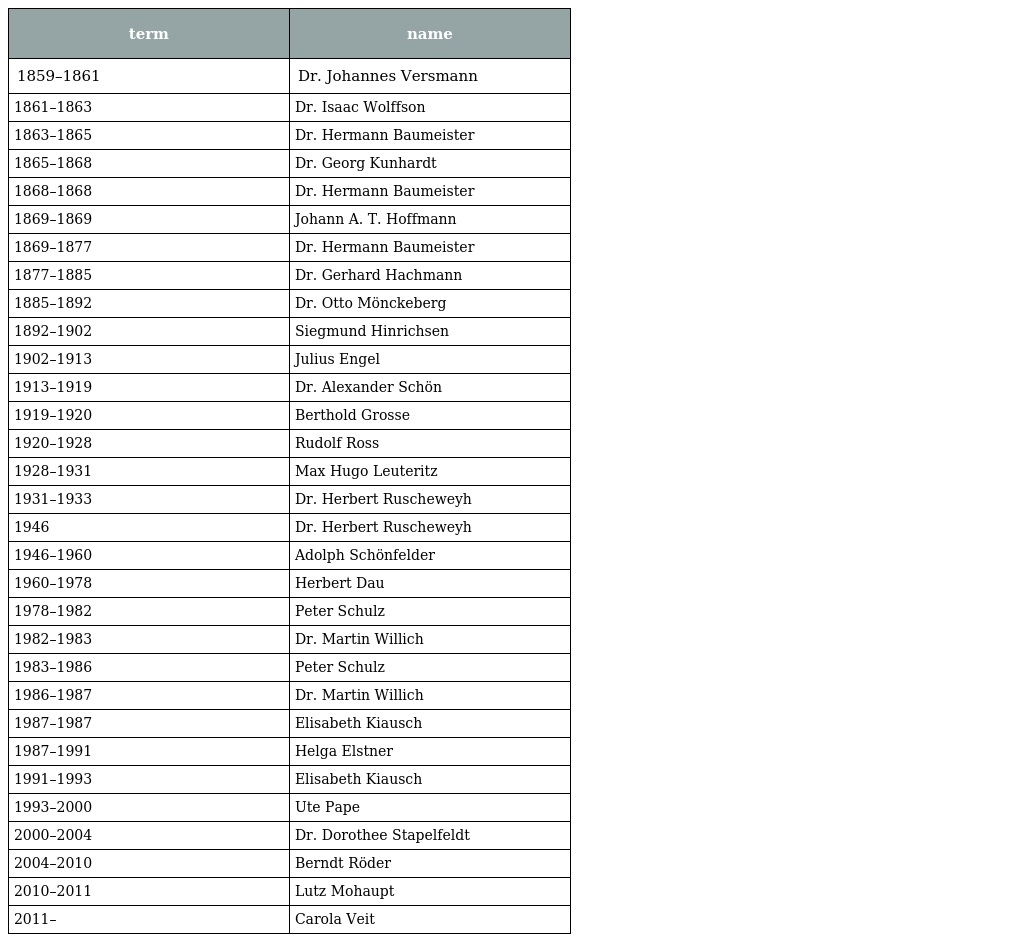
| term | name |
 | --- | --- |
 | 1859–1861 | Dr. Johannes Versmann |
 | 1861–1863 | Dr. Isaac Wolffson |
 | 1863–1865 | Dr. Hermann Baumeister |
 | 1865–1868 | Dr. Georg Kunhardt |
 | 1868–1868 | Dr. Hermann Baumeister |
 | 1869–1869 | Johann A. T. Hoffmann |
 | 1869–1877 | Dr. Hermann Baumeister |
 | 1877–1885 | Dr. Gerhard Hachmann |
 | 1885–1892 | Dr. Otto Mönckeberg |
 | 1892–1902 | Siegmund Hinrichsen |
 | 1902–1913 | Julius Engel |
 | 1913–1919 | Dr. Alexander Schön |
 | 1919–1920 | Berthold Grosse |
 | 1920–1928 | Rudolf Ross |
 | 1928–1931 | Max Hugo Leuteritz |
 | 1931–1933 | Dr. Herbert Ruscheweyh |
 | 1946 | Dr. Herbert Ruscheweyh |
 | 1946–1960 | Adolph Schönfelder |
 | 1960–1978 | Herbert Dau |
 | 1978–1982 | Peter Schulz |
 | 1982–1983 | Dr. Martin Willich |
 | 1983–1986 | Peter Schulz |
 | 1986–1987 | Dr. Martin Willich |
 | 1987–1987 | Elisabeth Kiausch |
 | 1987–1991 | Helga Elstner |
 | 1991–1993 | Elisabeth Kiausch |
 | 1993–2000 | Ute Pape |
 | 2000–2004 | Dr. Dorothee Stapelfeldt |
 | 2004–2010 | Berndt Röder |
 | 2010–2011 | Lutz Mohaupt |
 | 2011– | Carola Veit |